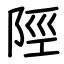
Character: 陘